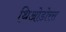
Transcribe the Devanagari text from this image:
थिओडोरस